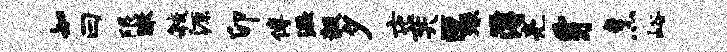
知曰限瞰敏源卯傅溢毅夕屯奕叵琢簿亮豸烹峪